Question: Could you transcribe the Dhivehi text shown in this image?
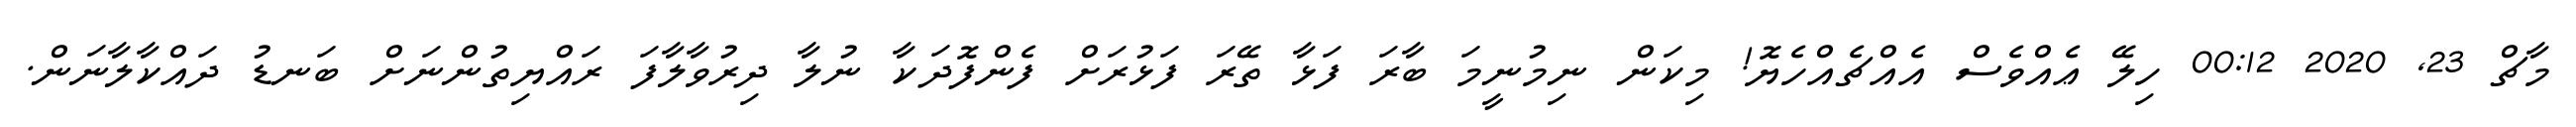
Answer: މާޗް 23, 2020 00:12 ހިލޭ ޢެއްވެސް އެއްޗެއްހެޔޮ! މިކަން ނިމުނީމަ ބާރަ ފަޅާ ތޭރަ ފަޅުރަށް ފެންފޮދަކާ ނުލާ ދިރުވާލާފަ ރައްޔިތުންނަށް ބަނޑު ދައްކާލާނަން.